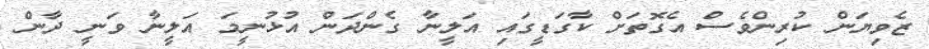
ޒެވިޔަން ކުރިންވެސް އެގޮތަށް ކާގަޑީގައި އަލީނާ ގެންދަން އުޅުނީމަ އަލީނާ ވަނީ ދާން